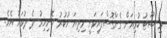
މި ޝޫޓު ކުރިއަށް ގެންގޮސްފައިވަނީ މިދިޔަ ހުކުރު ހޮނިހިރު ދެ ދުވަހު އެވެ.